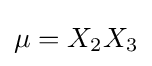
{\textstyle \mu =X_{2}X_{3}}